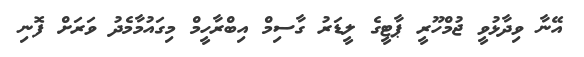
އޭނާ ވިދާޅުވީ ޖުމްހޫރީ ޕާޓީގެ ލީޑަރު ގާސިމް އިބްރާހީމް މިގައުމާމެދު ވަރަށް ފޮނި